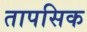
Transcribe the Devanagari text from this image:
तापसिक